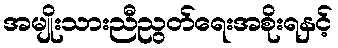
အမျိုးသားညီညွတ်ရေးအစိုးရနှင့်